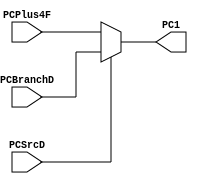
`timescale 1ns / 1ps
//////////////////////////////////////////////////////////////////////////////////
// Company: 
// Engineer: 
// 
// Design Name: 
// Module Name:    mux_pc 
// Project Name: 
// Target Devices: 
// Tool versions: 
// Description: 
//
// Dependencies: 
//
// Revision: 
// Revision 0.01 - File Created
// Additional Comments: 
//
//////////////////////////////////////////////////////////////////////////////////
module mux_pc(
	input wire [8:0]PCPlus4F,
	input wire [8:0]PCBranchD,
	input wire PCSrcD,
	output reg [8:0] PC1
    );

always @(*)
begin
      if(PCSrcD)
			PC1 <= PCBranchD;
      else
         PC1 <= PCPlus4F;
end
endmodule